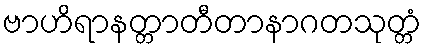
ဗာဟိရာနတ္တာတီတာနာဂတသုတ္တံ